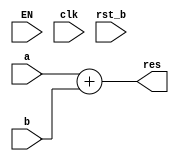
module myCustomRTL(
    input [31:0] a,
    input [31:0] b,
    input EN, clk, rst_b,
    output /*reg*/ [31:0] res
);
    assign res = a + b;
    /*
    always @(posedge clk or negedge rst_b) begin
        if (!rst_b) res <= 0;
        else res <= a + b;
    end
    */
endmodule